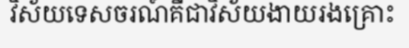
វិស័យទេសចរណ៍គឺជាវិស័យងាយរងគ្រោះ